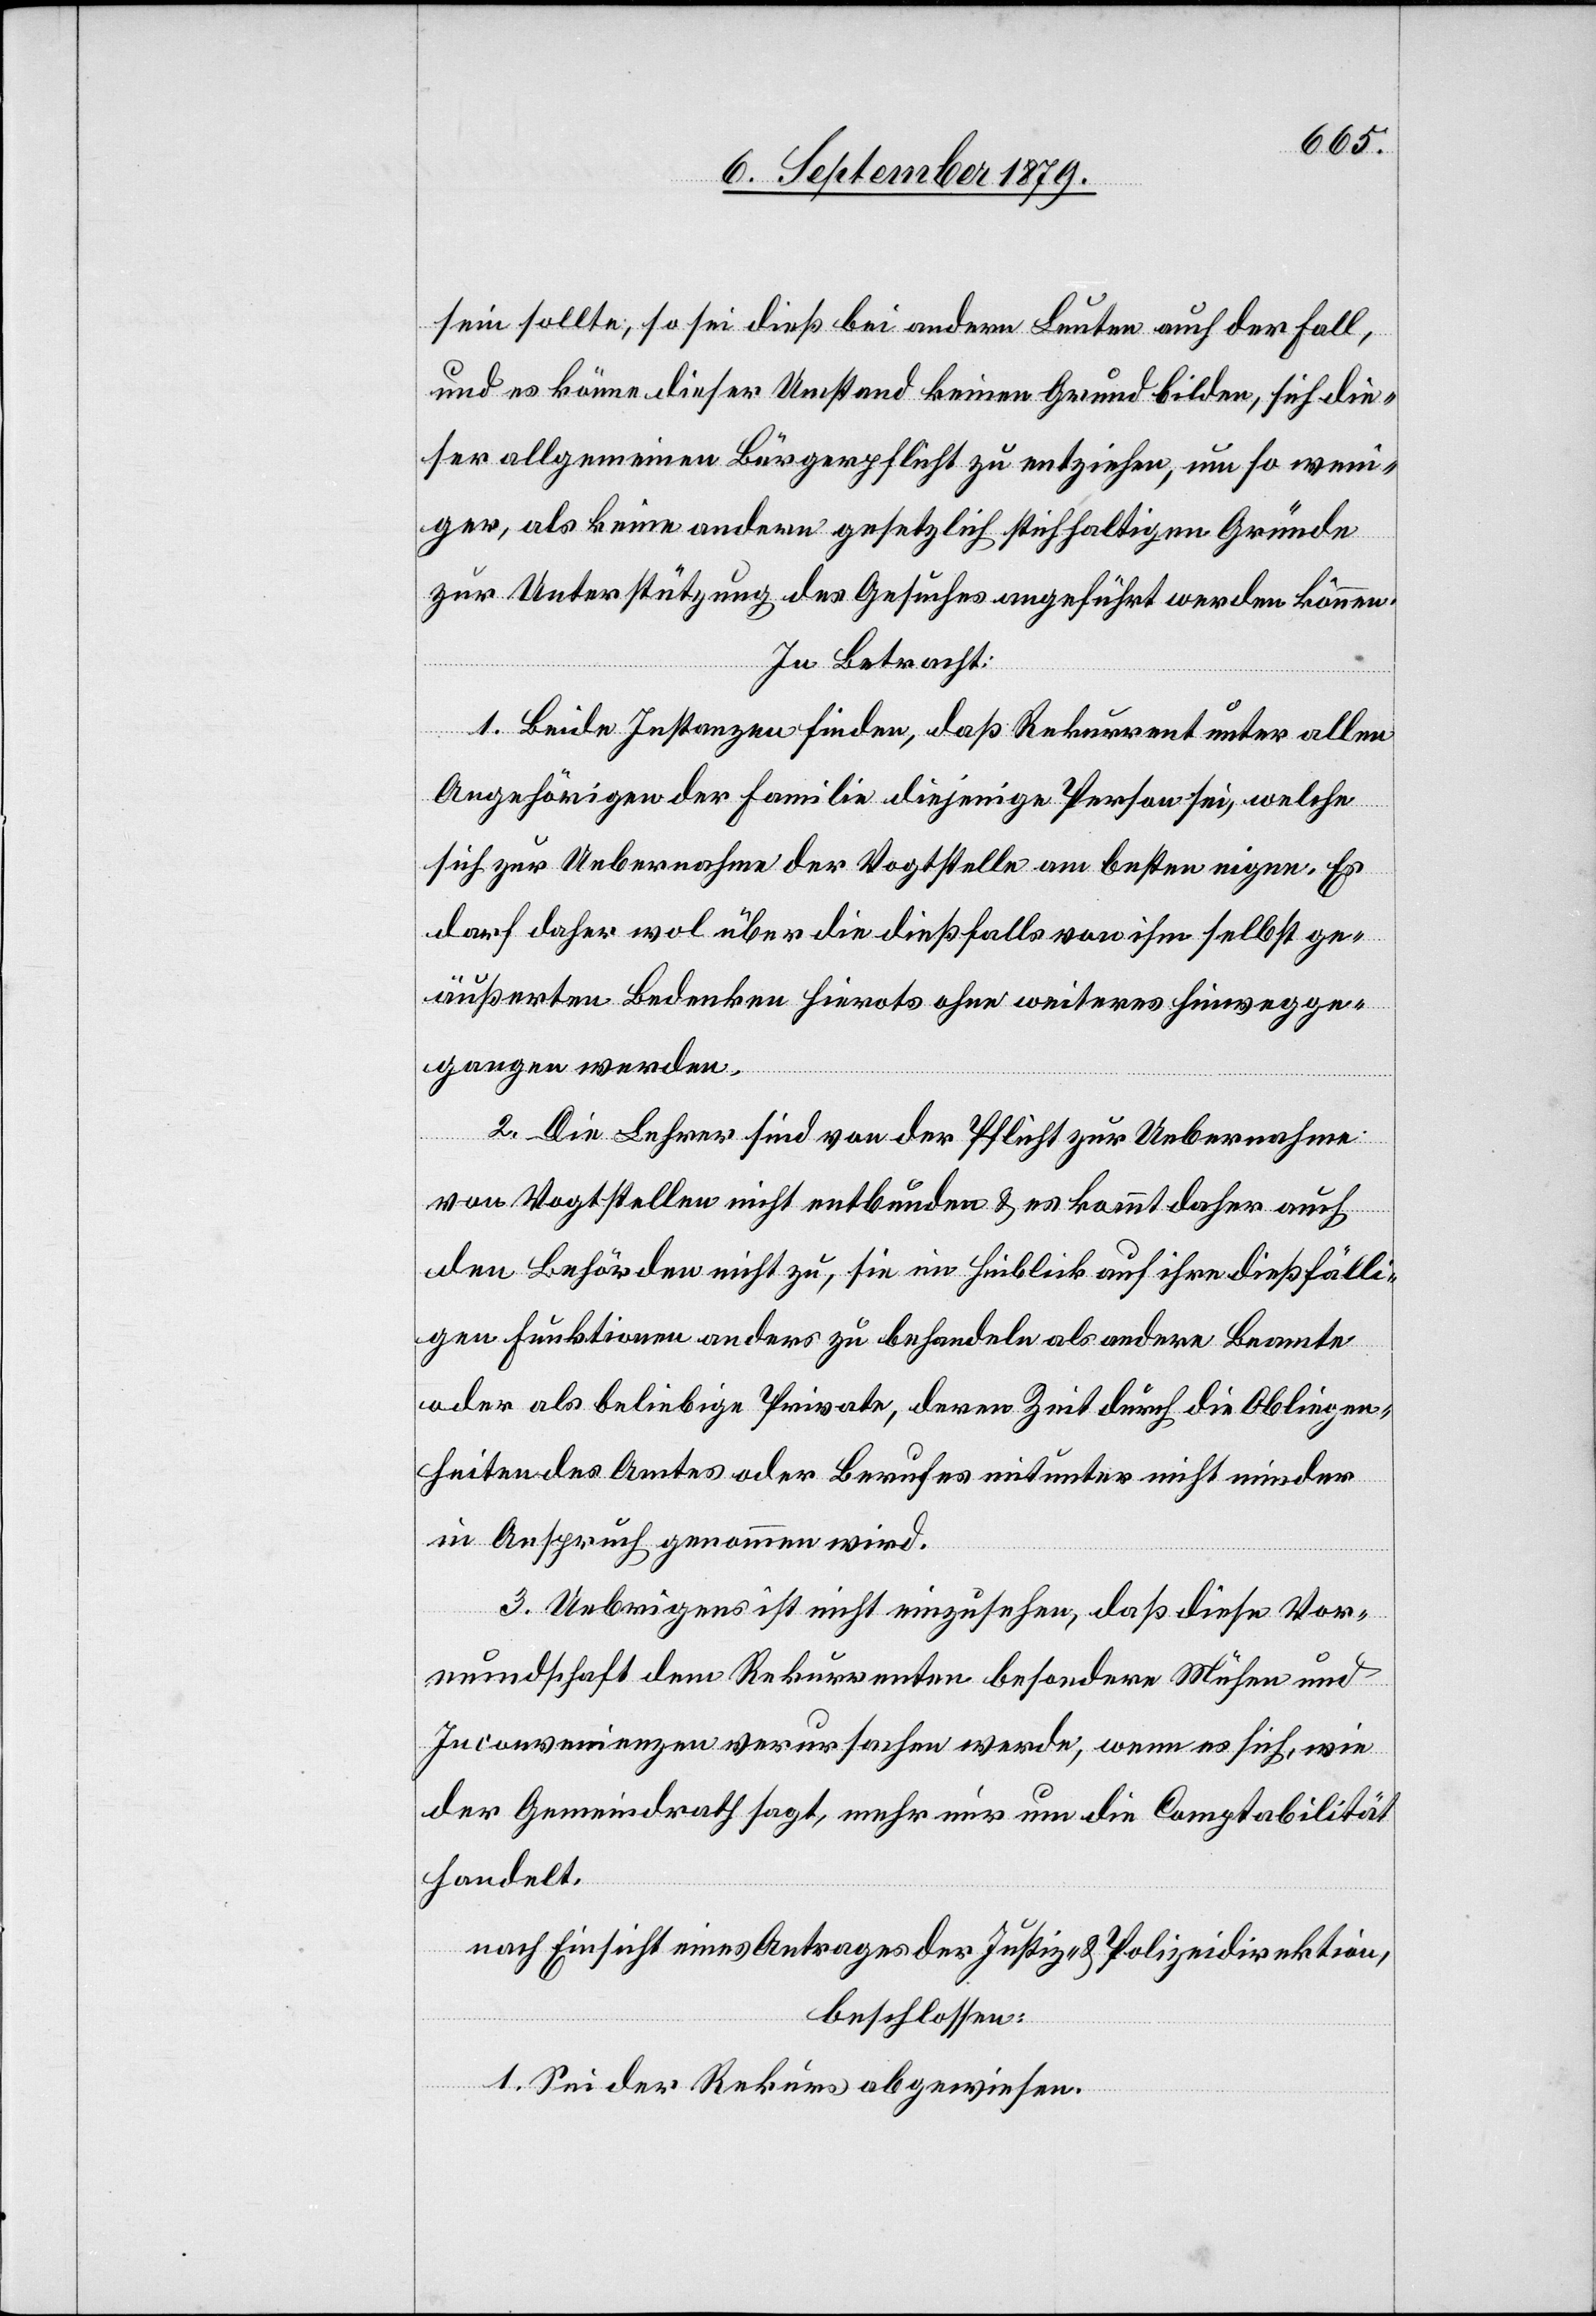
sein sollte; so sei dieß bei andern Leuten auch der Fall,
und es könne dieser Umstand keinen Grund bilden, sich die¬
ser allgemeinen Bürgerpflicht zu entziehen, um so weni¬
ger, als keine andere gesetzlich stichhaltigen Gründe
zur Unterstützung des Gesuches angeführt werden können.
In Betracht:
1. Beide Instanzen finden, daß Rekurrent unter allen
Angehörigen der Familie diejenige Person sei, welche
sich zur Uebernahme der Vogtstelle am besten eigne. Es
darf daher wol über die dießfalls von ihm selbst ge¬
äußerten Bedenken hierorts ohne weiteres hinwegge¬
gangen werden.
2. Die Lehrer sind von der Pflicht zur Uebernahme
von Vogtstellen nicht entbunden & es kommt daher auch
den Behörden nicht zu, sie im Hinblick auf ihre dießfälli¬
gen Funktionen anders zu behandeln als andere Beamte
oder als beliebige Private, deren Zeit durch die Obliegen¬
heiten des Amtes oder Berufes mitunter nicht minder
in Anspruch genommen wird.
3. Uebrigens ist nicht einzusehen, daß diese Vor¬
mundschaft dem Rekurrenten besondere Mühe und
Inconvenienzen verursachen werde, wenn es sich, wie
der Gemeindrath sagt, mehr nur um die Comptabilität
handelt.
nach Einsicht eines Antrages der Justiz- & Polizeidirektion,
beschlossen:
1. Sei der Rekurs abgewiesen.